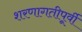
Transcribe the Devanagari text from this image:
शरणागतीपूर्वी